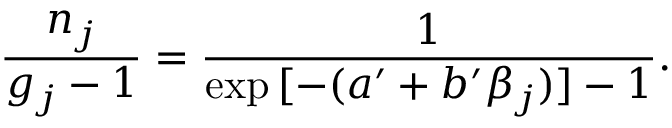
\frac { n _ { j } } { g _ { j } - 1 } = \frac { 1 } { \exp { [ - ( a ^ { \prime } + b ^ { \prime } \beta _ { j } ) ] } - 1 } .